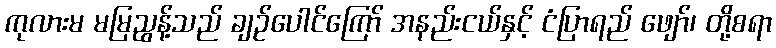
ကုလားမ မမြညွန့်သည် ချဉ်ပေါင်ကြော် အနည်းငယ်နှင့် ငံပြာရည် ဖျော်၊ တို့စရာ